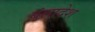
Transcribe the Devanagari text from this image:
बंलादेश